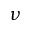
\nu